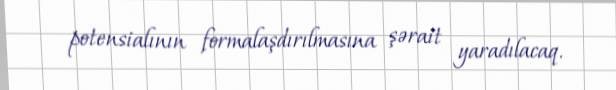
potensialının formalaşdırılmasına şərait yaradılacaq.